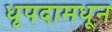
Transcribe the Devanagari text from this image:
धृपदामधून